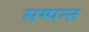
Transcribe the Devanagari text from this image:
सम्पन्ऩ